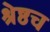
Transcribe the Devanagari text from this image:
श्रेष्ठच